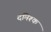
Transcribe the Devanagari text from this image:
दमिश्‍क